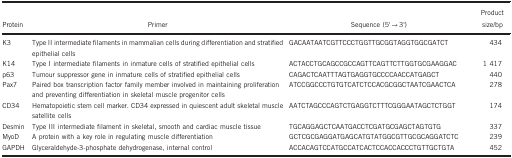
<table><thead><tr><td><b>Protein</b></td><td><b>Primer</b></td><td><b>Sequence (5&#x27;→3&#x27;)</b></td><td><b>Product size/bp</b></td></tr></thead><tbody><tr><td>K3</td><td>Type II intermediate filaments in mammalian cells during differentiation and stratified epithelial cells</td><td>GACAATAATCGTTCCCTGGTTGCGGTAGGTGGCGATCT</td><td>434</td></tr><tr><td>K14</td><td>Type I intermediate filaments in inmature cells of stratified epithelial cells</td><td>ACTACCTGCAGCCGCCAGTTCAGTTCTTGGTGCGAAGGAC</td><td>1 417</td></tr><tr><td>p63</td><td>Tumour suppressor gene in inmature cells of stratified epithelial cells</td><td>CAGACTCAATTTAGTGAGGTGCCCCAACCATGAGCT</td><td>440</td></tr><tr><td>Pax7</td><td>Paired box transcription factor family member involved in maintaining proliferation and preventing differentiation in skeletal muscle progenitor cells</td><td>ATCCGGCCCTGTGTCATCTCCACGCGGCTAATCGAACTCA</td><td>278</td></tr><tr><td>CD34</td><td>Hematopoietic stem cell marker. CD34 expressed in quiescent adult skeletal muscle satellite cells</td><td>AATCTAGCCCAGTCTGAGGTCTTTCGGGAATAGCTCTGGT</td><td>174</td></tr><tr><td>Desmin</td><td>Type III intermediate filament in skeletal, smooth and cardiac muscle tissue</td><td>TGCAGGAGCTCAATGACCTCGATGCGAGCTAGTGTG</td><td>337</td></tr><tr><td>MyoD</td><td>A protein with a key role in regulating muscle differentiation</td><td>GCTCGCGAGGATGAGCATGTATGGCGTTGCGCAGGATCTC</td><td>239</td></tr><tr><td>GAPDH</td><td>Glyceraldehyde-3-phosphate dehydrogenase, internal control</td><td>ACCACAGTCCATGCCATCACTCCACCACCCTGTTGCTGTA</td><td>452</td></tr></tbody></table>